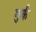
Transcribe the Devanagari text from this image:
गुर्क